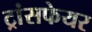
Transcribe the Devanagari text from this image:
ट्रांसफेयर